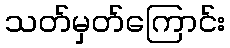
သတ်မှတ်ကြောင်း